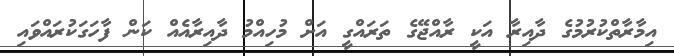
އިމާރާތްކުރުމުގެ ދާއިރާ އަކީ ރާއްޖޭގެ ތަރައްގީ އަށް މުހިއްމު ދާއިރާއެއް ކަން ފާހަގަކުރައްވައި